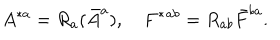
A ^ { * a } = R _ { a } ( \bar { A } ^ { a } ) , \quad F ^ { * } { } ^ { a b } = R _ { a b } \bar { F } ^ { b a } .